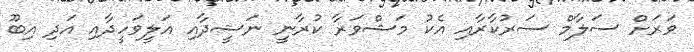
ވަރަށް ސަލާމް ސަރުކާރާއި އެކު މަޝްވަރާ ކުރާނީ ނަޝީދާއި އަލީވަހީދާއި އަދި އިބޫ